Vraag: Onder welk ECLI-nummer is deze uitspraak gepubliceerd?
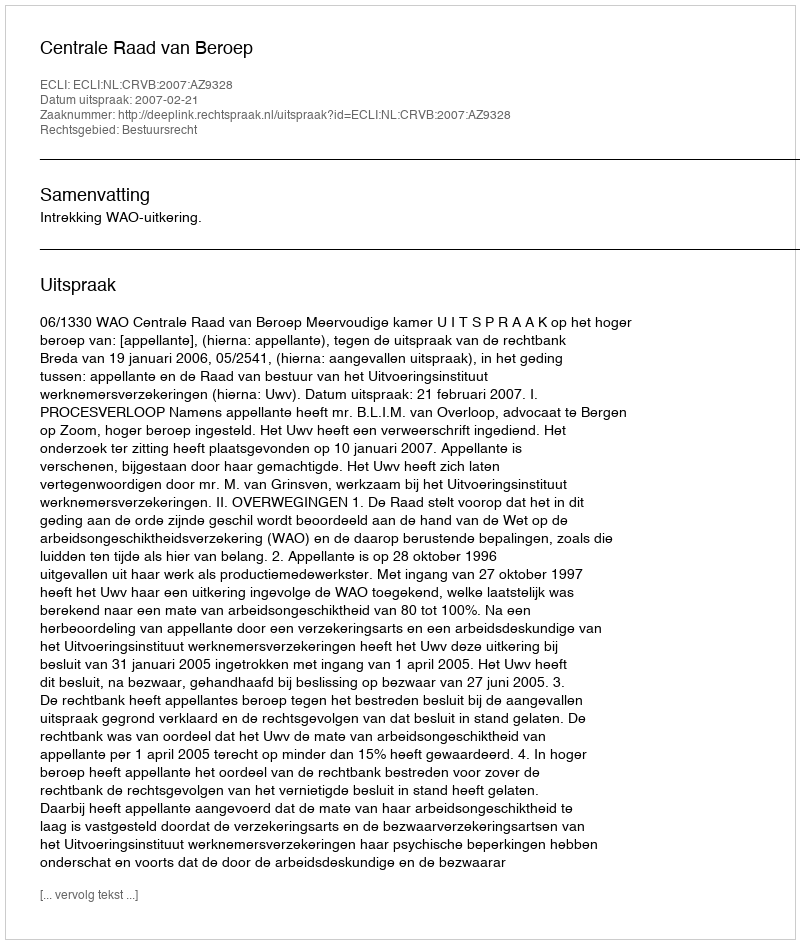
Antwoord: ECLI:NL:CRVB:2007:AZ9328